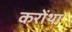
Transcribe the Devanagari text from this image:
करोंथा